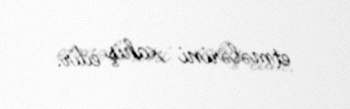
etmələrini xahiş edir.